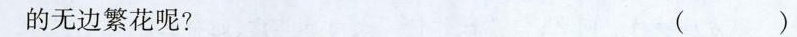
的无边繁花呢?（）